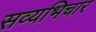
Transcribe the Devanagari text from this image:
सव्यभिचार